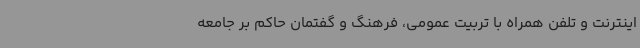
اینترنت و تلفن همراه با تربیت عمومی، فرهنگ و گفتمان حاکم بر جامعه